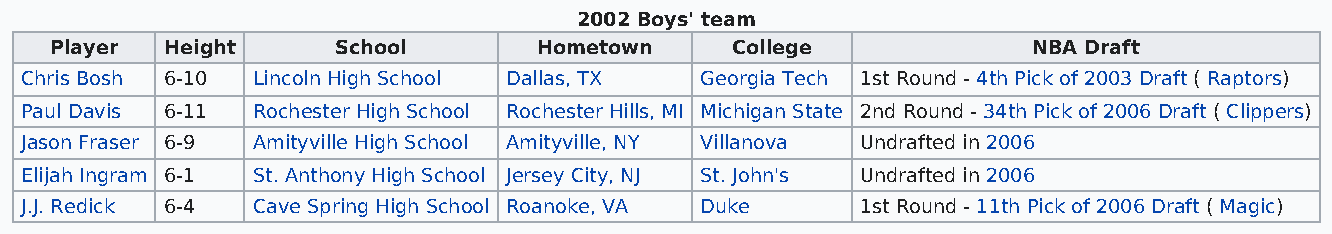
2002 Boys' team
 Player  Height     School        Hometown    College             NBA Draft
 Chris Bosh 6-10 Lincoln High School Dallas, TX Georgia Tech 1st Round - 4th Pick of 2003 Draft ( Raptors)
 Paul Davis 6-11 Rochester High School Rochester Hills, MI Michigan State 2nd Round - 34th Pick of 2006 Draft ( Clippers)
 Jason Fraser 6-9 Amityville High School Amityville, NY Villanova Undrafted in 2006
 Elijah Ingram 6-1 St. Anthony High School Jersey City, NJ St. John's Undrafted in 2006
 J.J. Redick 6-4 Cave Spring High School Roanoke, VA Duke 1st Round - 11th Pick of 2006 Draft ( Magic)